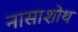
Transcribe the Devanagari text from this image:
नासाशोथ